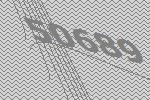
50689